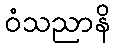
ဝံသညာနိ